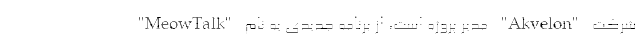
شرکت "Akvelon" مدیر پروژه است، از برنامه جدیدی به نام "MeowTalk"